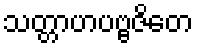
သတ္တာဟပဗ္ဗဇိတေ